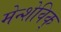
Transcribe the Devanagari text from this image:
मेन्शेविक्